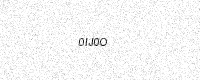
Text: 0IJ0O